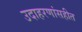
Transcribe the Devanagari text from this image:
उदाहरणांसहीत